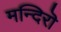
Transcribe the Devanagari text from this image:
मन्दिरॊ